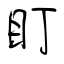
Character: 盯